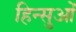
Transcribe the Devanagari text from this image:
हिन्सुओं